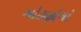
બોટાફોગો